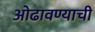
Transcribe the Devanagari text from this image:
ओढावण्याची